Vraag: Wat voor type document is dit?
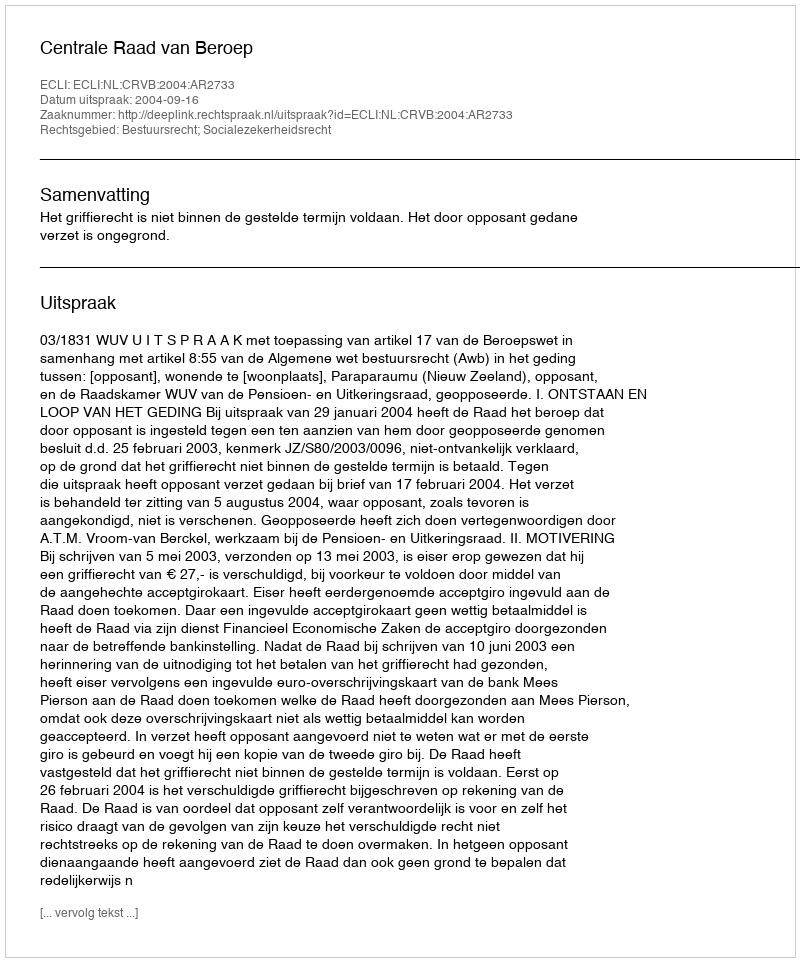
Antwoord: Uitspraak